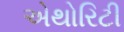
એથોરિટી